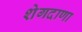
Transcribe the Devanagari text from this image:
शेगदाणा